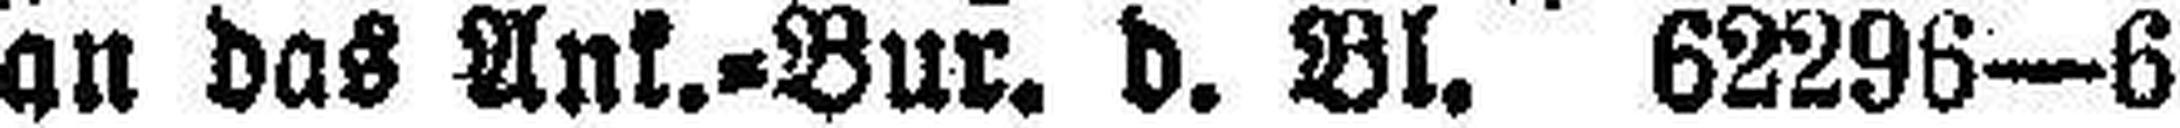
an das Ank.=Bur. d. Bl. 62296—6